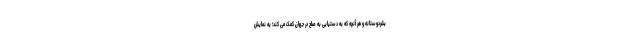
بشردوستانه و هر آنچه که به دستیابی به صلح در جهان کمک می کند؛ به نمایش